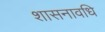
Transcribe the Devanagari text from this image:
शासनावधि